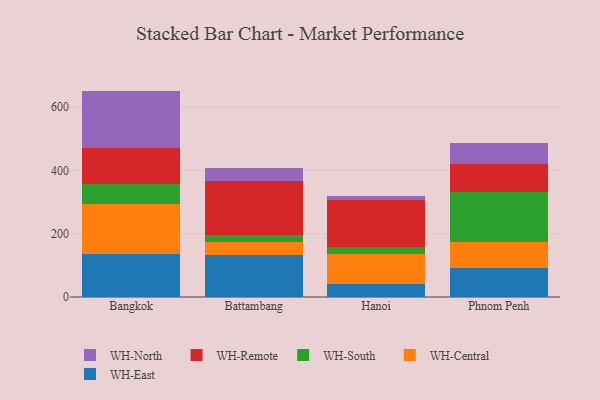
{"axis": {"x": "City", "y": "Net Income (USD K)"}, "legend": ["WH-Central", "WH-East", "WH-North", "WH-Remote", "WH-South"], "data": [{"x": "Bangkok", "y": 137.0, "type": "WH-East"}, {"x": "Bangkok", "y": 156.9, "type": "WH-Central"}, {"x": "Bangkok", "y": 62.6, "type": "WH-South"}, {"x": "Bangkok", "y": 115.2, "type": "WH-Remote"}, {"x": "Bangkok", "y": 179.9, "type": "WH-North"}, {"x": "Battambang", "y": 132.0, "type": "WH-East"}, {"x": "Battambang", "y": 41.3, "type": "WH-Central"}, {"x": "Battambang", "y": 21.9, "type": "WH-South"}, {"x": "Battambang", "y": 170.4, "type": "WH-Remote"}, {"x": "Battambang", "y": 42.4, "type": "WH-North"}, {"x": "Hanoi", "y": 40.9, "type": "WH-East"}, {"x": "Hanoi", "y": 94.2, "type": "WH-Central"}, {"x": "Hanoi", "y": 23.6, "type": "WH-South"}, {"x": "Hanoi", "y": 147.1, "type": "WH-Remote"}, {"x": "Hanoi", "y": 12.9, "type": "WH-North"}, {"x": "Phnom Penh", "y": 90.3, "type": "WH-East"}, {"x": "Phnom Penh", "y": 82.3, "type": "WH-Central"}, {"x": "Phnom Penh", "y": 160.8, "type": "WH-South"}, {"x": "Phnom Penh", "y": 87.9, "type": "WH-Remote"}, {"x": "Phnom Penh", "y": 64.4, "type": "WH-North"}]}